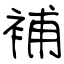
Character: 補